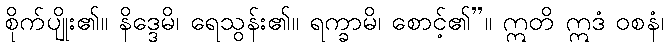
စိုက်ပျိုး၏။ နိဒ္ဒေမိ၊ ရေသွန်း၏။ ရက္ခာမိ၊ စောင့်၏”။ ဣတိ ဣဒံ ဝစနံ၊